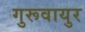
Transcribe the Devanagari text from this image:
गुरूवायुर